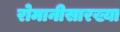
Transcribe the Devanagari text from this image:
रोमानीसारख्या